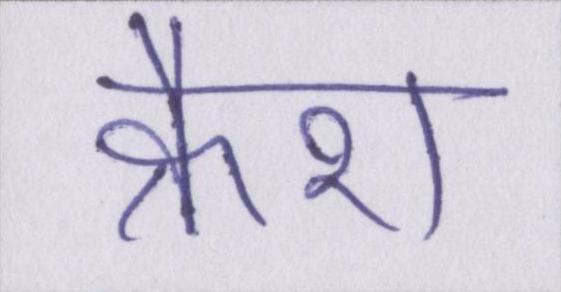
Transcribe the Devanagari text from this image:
क्रैश